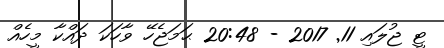
ޓީ ޖުލައި 11